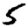
Digit: 5